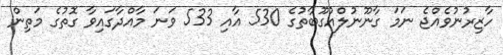
ހާޒިރުނުވެއްޖެ ނަމަ ގާނޫނުލްއުގޫބާތުގެ 530 އާއި 533 ވަނަ މާއްދާގައިވާ ގޮތުގެ މަތިން